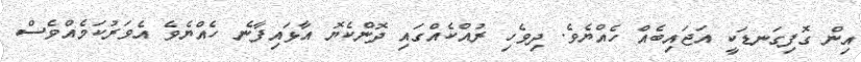
އިން ގޮފިގަނޑަކީ އަޖައިބެއް ހެއްޔެވެ. ދިވެހި ރުއްކެއްގައި ދޮންކެޔޮ އާޅައިފާނެ ހެއްޔެވެ އެވަރުކަމެއްވެސް